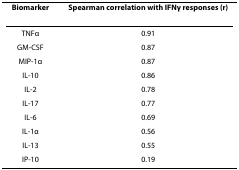
<table><thead><tr><td><b>Biomarker</b></td><td><b>Spearman correlation with IFNγ responses (r)</b></td></tr></thead><tbody><tr><td>TNFα</td><td>0.91</td></tr><tr><td>GM-CSF</td><td>0.87</td></tr><tr><td>MIP-1α</td><td>0.87</td></tr><tr><td>IL-10</td><td>0.86</td></tr><tr><td>IL-2</td><td>0.78</td></tr><tr><td>IL-17</td><td>0.77</td></tr><tr><td>IL-6</td><td>0.69</td></tr><tr><td>IL-1α</td><td>0.56</td></tr><tr><td>IL-13</td><td>0.55</td></tr><tr><td>IP-10</td><td>0.19</td></tr></tbody></table>